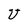
Character: U